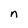
Character: n